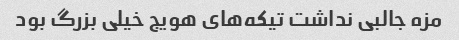
مزه جالبی نداشت تیکه‌های هویج خیلی بزرگ بود